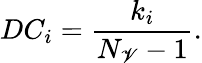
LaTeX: DC_{i}=\frac{k_{i}}{N_{\mathscr{V}}-1}.